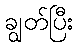
ချွတ်ပြီး